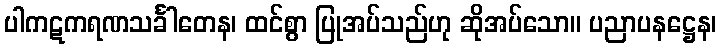
ပါကဋကရဏသင်္ခါတေန၊ ထင်စွာ ပြုအပ်သည်ဟု ဆိုအပ်သော။ ပညာပနဋ္ဌေန၊